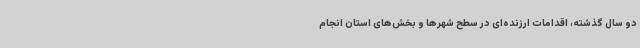
دو سال گذشته، اقدامات ارزنده‌ای در سطح شهرها و بخش‌های استان انجام